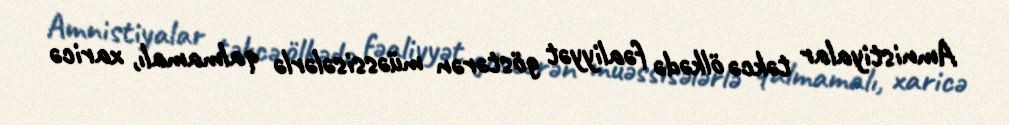
Amnistiyalar təkcə ölkədə fəaliyyət göstərən müəssisələrlə qalmamalı, xaricə